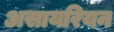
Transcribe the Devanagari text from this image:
असायरियन